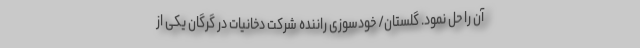
آن را حل نمود. گلستان/ خودسوزی راننده شرکت دخانیات در گرگان یکی از